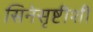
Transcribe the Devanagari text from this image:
सिनेसृष्टीशी